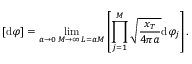
[ \mathrm { d } \varphi ] = \operatorname* { l i m } _ { \substack { a \to 0 \, M \to \infty \, L = a M } } \left[ \prod _ { j = 1 } ^ { M } \sqrt { \frac { x _ { T } } { 4 \pi a } } \mathrm { d } \varphi _ { j } \right] .